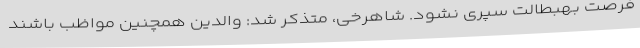
فرصت بهبطالت سپری نشود. شاهرخی، متذکر شد: والدین همچنین مواظب باشند